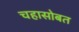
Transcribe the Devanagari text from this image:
चहासोबत